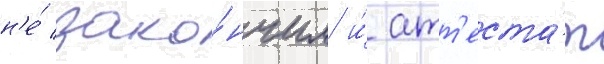
н'е́ зако́нчил и́ атт'еста́т